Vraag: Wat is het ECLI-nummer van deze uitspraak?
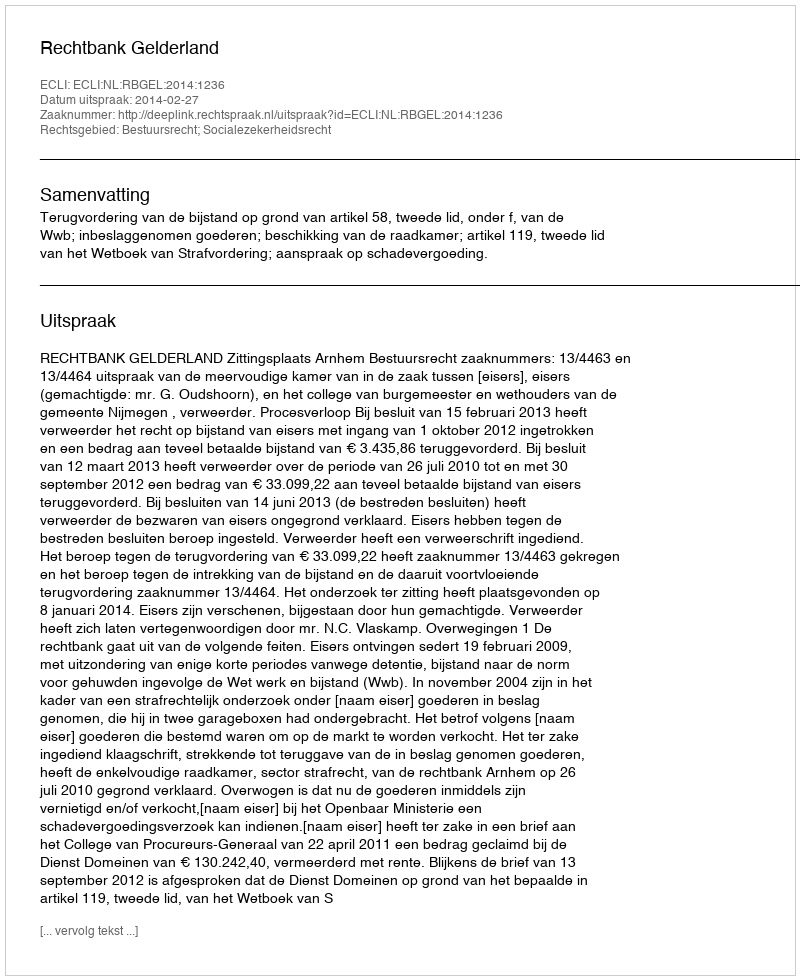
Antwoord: ECLI:NL:RBGEL:2014:1236